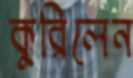
কুরিলেন